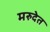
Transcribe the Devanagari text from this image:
मरुदेत